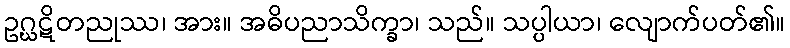
ဥဂ္ဃဋိတညုဿ၊ အား။ အဓိပညာသိက္ခာ၊ သည်။ သပ္ပါယာ၊ လျောက်ပတ်၏။